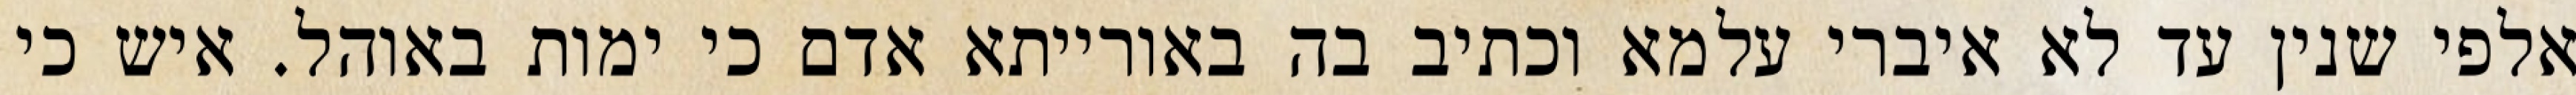
אלפי שנין עד לא איברי עלמא וכתיב בה באורייתא אדם כי ימות באוהל. איש כי